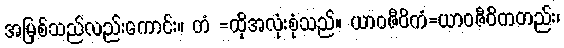
အမြစ်သည်လည်းကောင်း။ တံ =ထိုအလုံးစုံသည်။ ယာဝဇီဝိကံ=ယာဝဇီဝိကတည်း၊